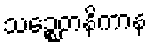
သဉ္စေတနိကာန